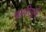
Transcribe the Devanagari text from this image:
इस्वीपूर्व